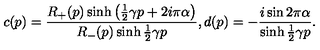
c ( p ) = \frac { R _ { + } ( p ) \sinh \left( \frac { 1 } { 2 } \gamma p + 2 i \pi \alpha \right) } { R _ { - } ( p ) \sinh \frac { 1 } { 2 } \gamma p } , d ( p ) = - \frac { i \sin 2 \pi \alpha } { \sinh \frac { 1 } { 2 } \gamma p } .